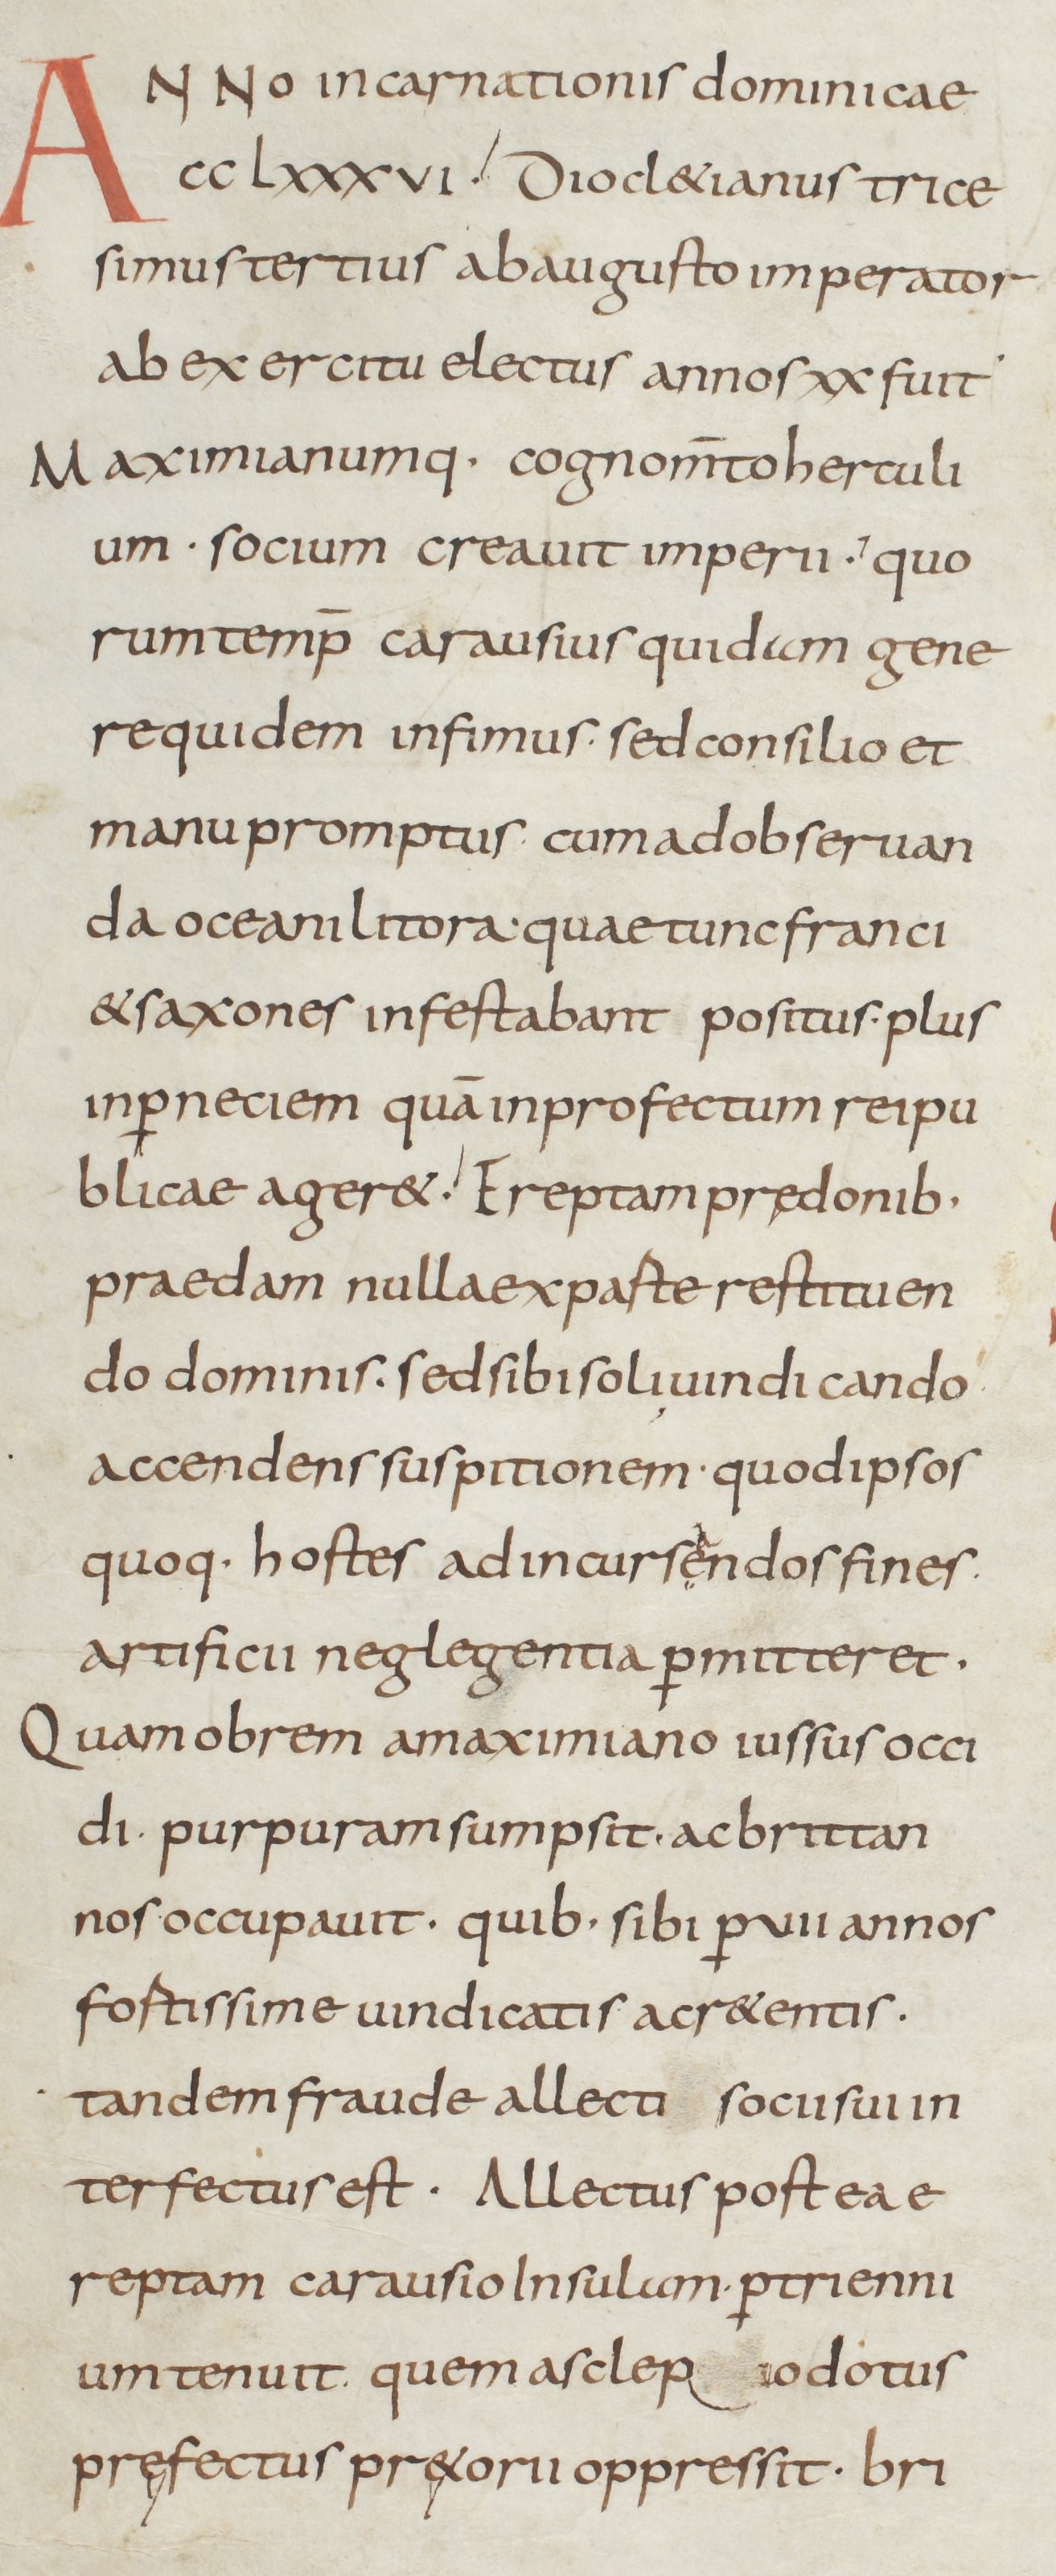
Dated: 800–899